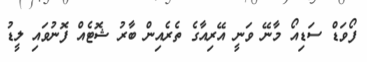
ފޯވަޑް ސަޑިއޯ މާނޭ ވަނީ އޭރިއާގެ ތެރެއިން ބާރު ޝޮޓެއް ފޮނުވައި ލީޑު